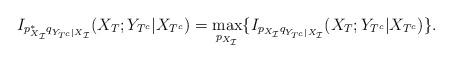
LaTeX: \begin{align*} I_{p_{X_{\mathcal{I}}}^*q_{Y_{T^c}|X_\mathcal{I}}}(X_T; Y_{T^c}|X_{T^c})= \max_{p_{X_\mathcal{I}}} \{ I_{p_{X_{\mathcal{I}}}q_{Y_{T^c}|X_\mathcal{I}}}(X_T; Y_{T^c}|X_{T^c})\}.\end{align*}